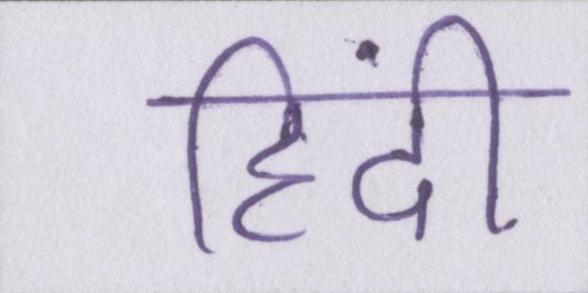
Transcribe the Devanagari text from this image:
हिंदी